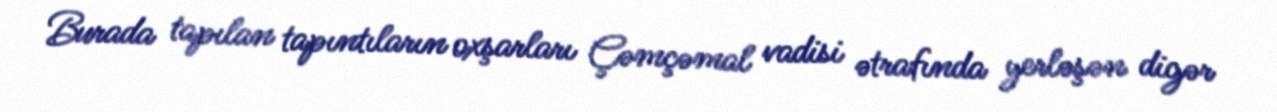
Burada tapılan tapıntıların oxşarları Çəmçəmal vadisi ətrafında yerləşən digər